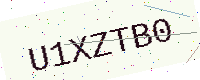
Text: U1XZTB0